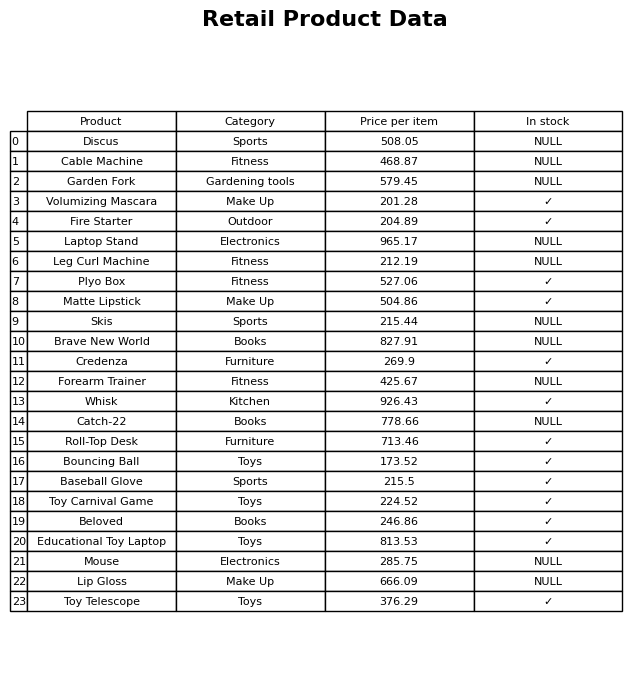
question: What is the stock status of the Garden Fork?
answer: NULL